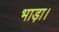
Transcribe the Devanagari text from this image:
भाड़ा।